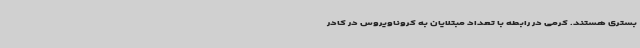
بستری هستند. کرمی در رابطه با تعداد مبتلایان به کروناویروس در کادر